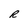
Character: R